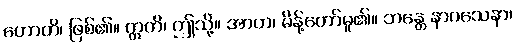
ဟောတိ၊ ဖြစ်၏။ ဣတိ၊ ဤသို့။ အာဟ၊ မိန့်တော်မူ၏။ ဘန္တေ နာဂသေနာ၊